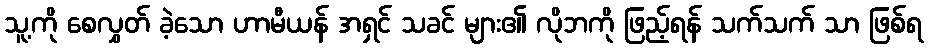
သူ့ကို စေလွှတ် ခဲ့သော ဟာမီယန် အရှင် သခင် များ၏ လိုဘကို ဖြည့်ရန် သက်သက် သာ ဖြစ်ရ